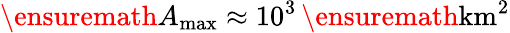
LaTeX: \ensuremath{A_{\mathrm{max}}}\approx 10^{3}\, \ensuremath{\mathrm{km^{2}}}